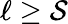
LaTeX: \ell\geq\mathcal{S}